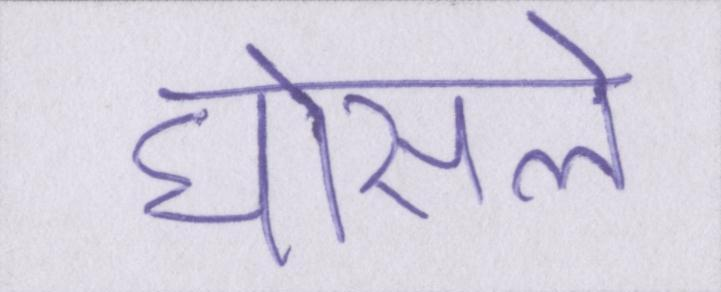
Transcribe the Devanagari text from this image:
घोसले